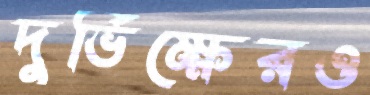
দুর্ভিক্ষেরও